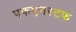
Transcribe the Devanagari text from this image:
पफएनस्टफ